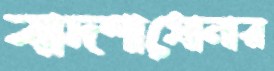
বাদশাঘোনার